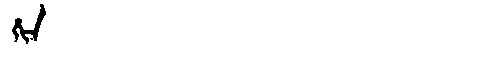
Manchu: ᡥᡳᠨ
Romanization: HIN